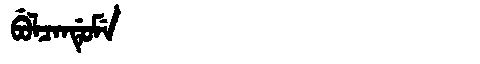
Manchu: ᠪᡠᠯᠴᠠᠨᡩᡠᠮᡝ
Romanization: BULCANDUME